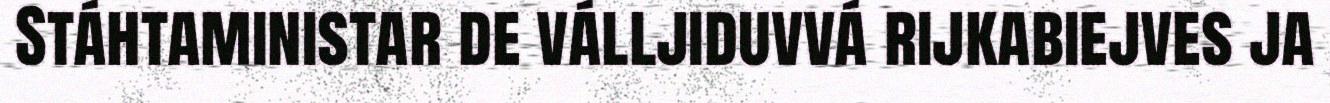
Stáhtaministar de válljiduvvá rijkabiejves ja